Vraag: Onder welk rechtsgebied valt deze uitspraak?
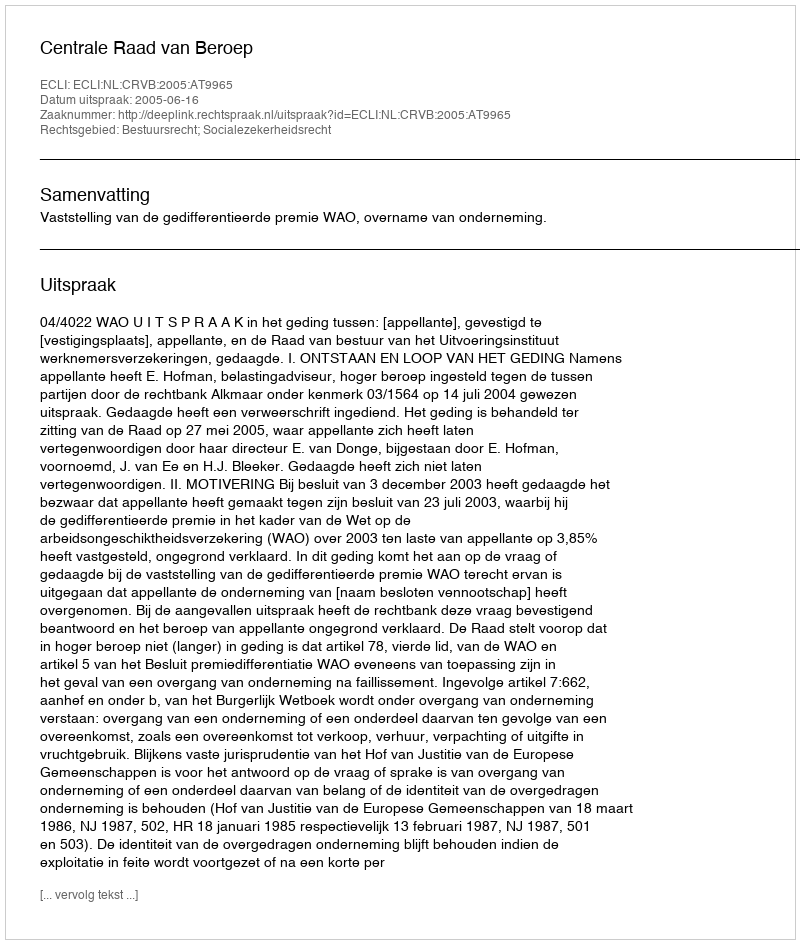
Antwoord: Bestuursrecht; Socialezekerheidsrecht